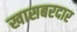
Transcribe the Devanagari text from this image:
खासबरदार